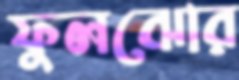
ফুলঝোর